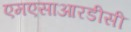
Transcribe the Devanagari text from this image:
एमएसाआरडीसी